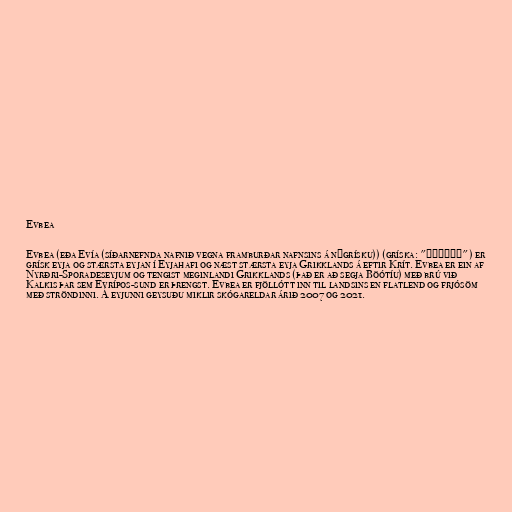
Evbea

Evbea (eða Evía (síðarnefnda nafnið vegna framburðar nafnsins á nýgrísku)) (gríska: "Εύβοια") er
grísk eyja og stærsta eyjan í Eyjahafi og næst stærsta eyja Grikklands á eftir Krít. Evbea er ein af
Nyrðri-Sporadeseyjum og tengist meginlandi Grikklands (það er að segja Böótíu) með brú við
Kalkis þar sem Evrípos-sund er þrengst. Evbea er fjöllótt inn til landsins en flatlend og frjósöm
með ströndinni. Á eyjunni geysuðu miklir skógareldar árið 2007 og 2021.